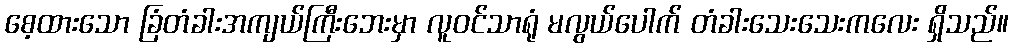
စေ့ထားသော ခြံတံခါးအကျယ်ကြီးဘေးမှာ လူဝင်သာရုံ မလွယ်ပေါက် တံခါးသေးသေးကလေး ရှိသည်။